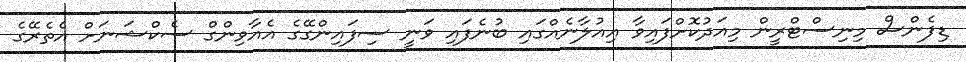
ޑިފެންސް މިނިސްޓްރީން މިއަދުކޮށްފައިވާ އިއުލާނެއްގައި ބުނެފައި ވަނީ ސިފައިންގޭގެ އެއާވިންގް ސެކްޝަނަށް އެތެރޭގެ